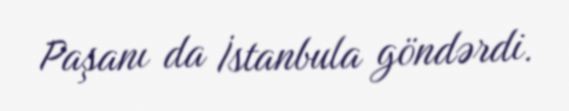
Paşanı da İstanbula göndərdi.